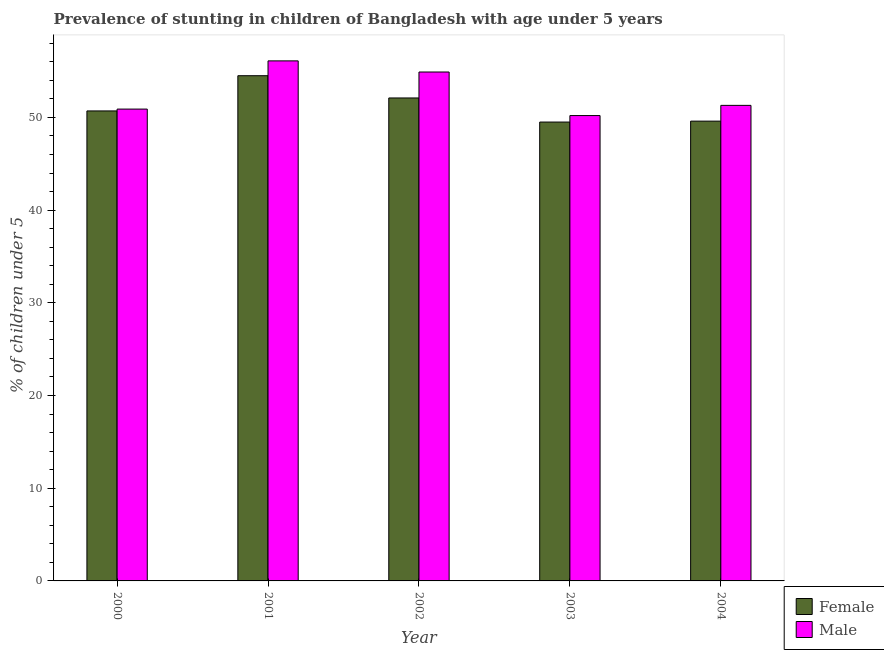
| Year | Female | Male |
 | --- | --- | --- |
 | 2000 | 50.7 | 50.9 |
 | 2001 | 54.5 | 56.1 |
 | 2002 | 52.1 | 54.9 |
 | 2003 | 49.5 | 50.2 |
 | 2004 | 49.6 | 51.3 |